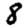
Digit: 8